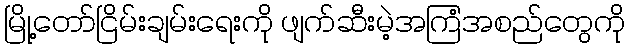
မြို့တော်ငြိမ်းချမ်းရေးကို ဖျက်ဆီးမဲ့အကြံအစည်တွေကို